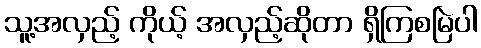
သူ့အလှည့် ကိုယ့် အလှည့်ဆိုတာ ရှိကြစမြဲပါ